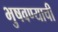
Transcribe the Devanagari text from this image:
भुषवण्याची